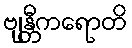
ဗျန္တီကရောတိ